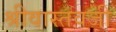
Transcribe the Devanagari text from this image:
श्रीवास्तवजी